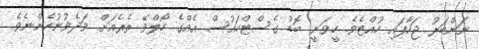
ނަންބަރު ޖަހާފައި ހުއްޓެވެ. ހީވަނީ ބޮޑު ގެސްޓްހައުސް އެއްގެ ހޯލްވޭ ތެރެއަށް ވަދެވުނުހެންނެވެ.